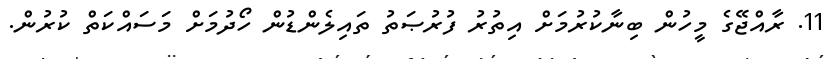
11. ރާއްޖޭގެ މީހުން ބިނާކުރުމަށް އިތުރު ފުރުޞަތު ތައިލެންޑުން ހޯދުމަށް މަސައްކަތް ކުރުން.